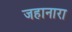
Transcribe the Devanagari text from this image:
जहानारा